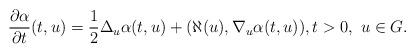
LaTeX: \begin{align*}\frac{\partial \alpha}{\partial t}(t,u) =\frac{1}{2} \Delta_u \alpha(t,u)+ (\aleph(u),\nabla_u \alpha(t,u)), t> 0 , \ u\in G.\end{align*}